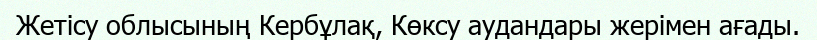
Жетісу облысының Кербұлақ, Көксу аудандары жерімен ағады.